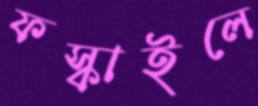
ফস্‌কাইলে